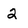
Character: 2